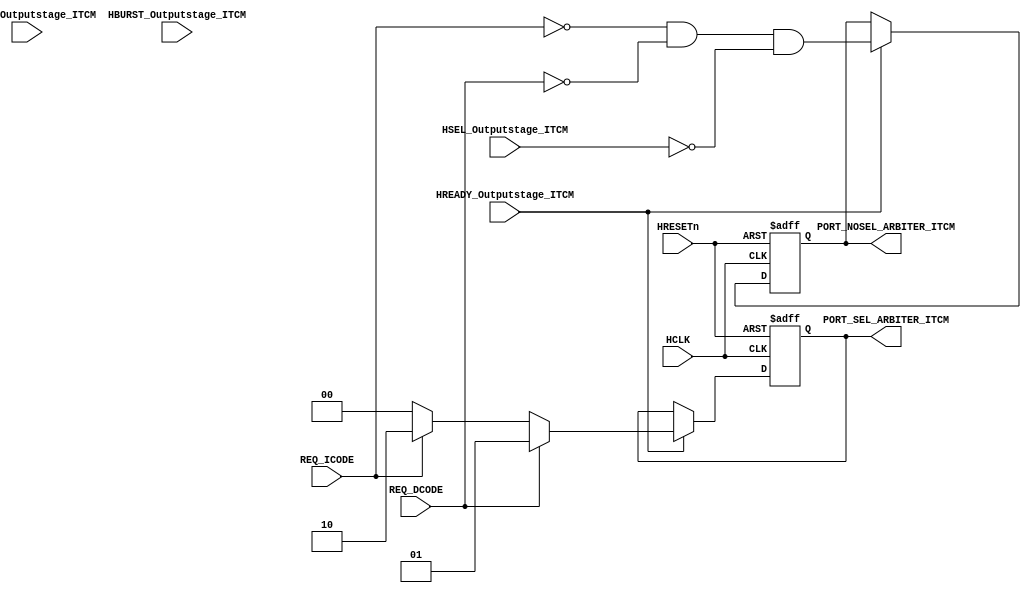
module AHBlite_BusMatrix_Arbiter_ITCM(
    input   HCLK,
    input   HRESETn,
    input   REQ_ICODE,
    input   REQ_DCODE,
    input   HREADY_Outputstage_ITCM,
    input   HSEL_Outputstage_ITCM,
    input   [1:0]   HTRANS_Outputstage_ITCM,
    input   [2:0]   HBURST_Outputstage_ITCM,
    output  wire [1:0]  PORT_SEL_ARBITER_ITCM,
    output  wire        PORT_NOSEL_ARBITER_ITCM
);

reg noport;
wire    noport_next;

assign noport_next  =   (~REQ_ICODE)  &   (~REQ_DCODE)    &   (~HSEL_Outputstage_ITCM);        

reg [1:0] selport;
wire    [1:0] selport_next;

assign  selport_next    =   REQ_DCODE   ?   2'b01   :
                            (REQ_ICODE  ?   2'b10   :   2'b00);
                        
always@(posedge HCLK or negedge HRESETn) begin
    if(~HRESETn) begin
        noport  <=  1'b1;
        selport <=  2'b00;
    end else if(HREADY_Outputstage_ITCM) begin
        noport  <=  noport_next;
        selport <=  selport_next;
    end
end

assign  PORT_NOSEL_ARBITER_ITCM  =   noport;
assign  PORT_SEL_ARBITER_ITCM    =   selport;

endmodule